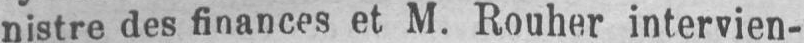
nistre des finances et M. Rouher intervien-